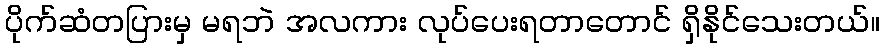
ပိုက်ဆံတပြားမှ မရဘဲ အလကား လုပ်ပေးရတာတောင် ရှိနိုင်သေးတယ်။